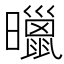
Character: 𣋲